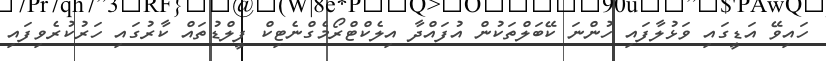
ހައިވޭ އަޑީގައި ވަޅުލާފައި ހުންނަ ކޭބަލްތަކުން އުފައްދާ އިލެކްޓްރޯމެގްނެޓިކް ފީލްޑުތައް ކާރުގައި ހަރުކުރެވިފައި